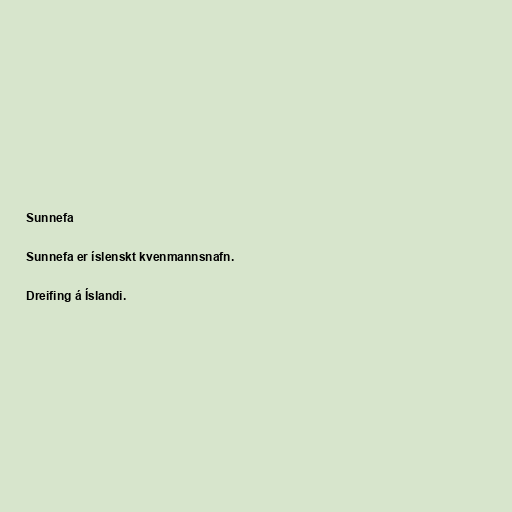
Sunnefa

Sunnefa er íslenskt kvenmannsnafn.

Dreifing á Íslandi.